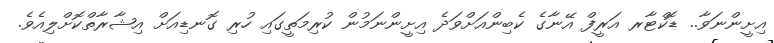
އިށީންނަވާ.. ޑޮކްޓާރ އަރީފް އޭނާގެ ކެބިންއަށްވަދެ އިށީންނަމުން ކުރިމަތީގައި ހުރި ގޮނޑިއަށް އިޝާރާތްކޮށްލިއެވެ.